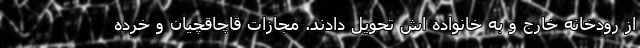
از رودخانه خارج و به خانواده اش تحویل دادند. مجازات قاچاقچیان و خرده